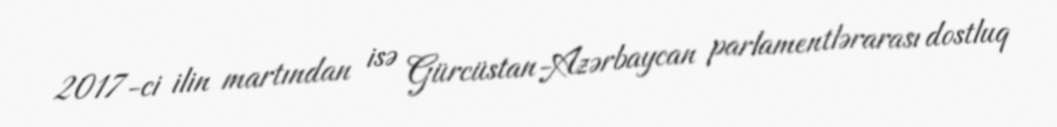
2017-ci ilin martından isə Gürcüstan-Azərbaycan parlamentlərarası dostluq